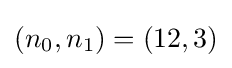
(n_{0},n_{1})=(12,3)